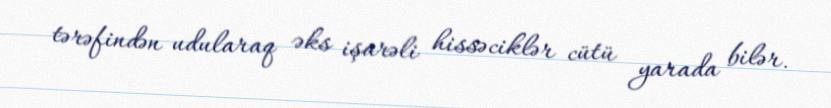
tərəfindən udularaq əks işarəli hissəciklər cütü yarada bilər.